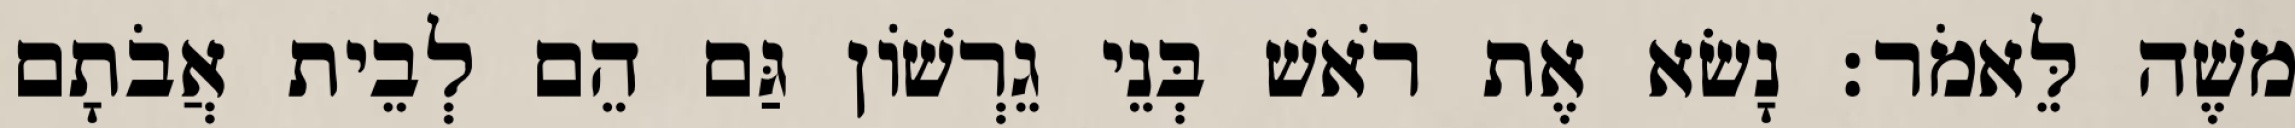
משֶׁה לֵּאמֹר׃ נָשׂא אֶת רֹאשׁ בְּנֵי גֵרְשׁוֹן גַּם הֵם לְבֵית אֲבֹתָם